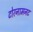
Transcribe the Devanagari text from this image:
टोरनामनट